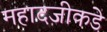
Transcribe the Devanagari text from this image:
महादजीकडे